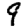
Digit: 9